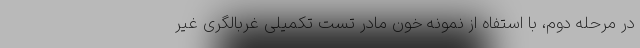
در مرحله دوم، با استفاه از نمونه خون مادر تست تکمیلی غربالگری غیر